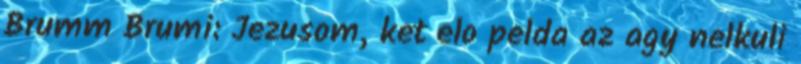
Brumm Brumi: Jezusom, ket elo pelda az agy nelkuli